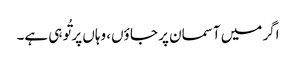
اگر میں آسمان پر جا ؤں، وہاں پر تُو ہی ہے۔